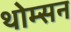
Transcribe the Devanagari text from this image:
थोम्सन